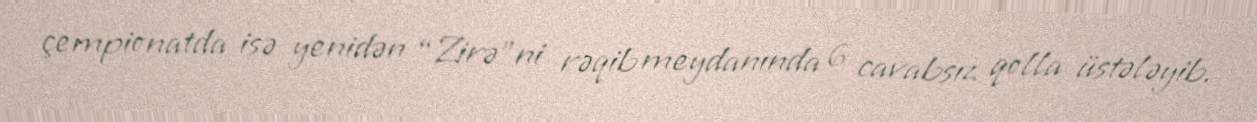
çempionatda isə yenidən “Zirə”ni rəqib meydanında 6 cavabsız qolla üstələyib.